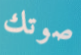
صوتك